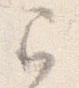
已